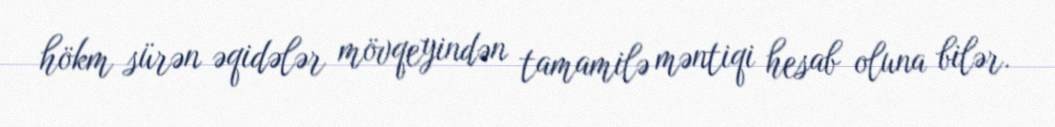
hökm sürən əqidələr mövqeyindən tamamilə məntiqi hesab oluna bilər.